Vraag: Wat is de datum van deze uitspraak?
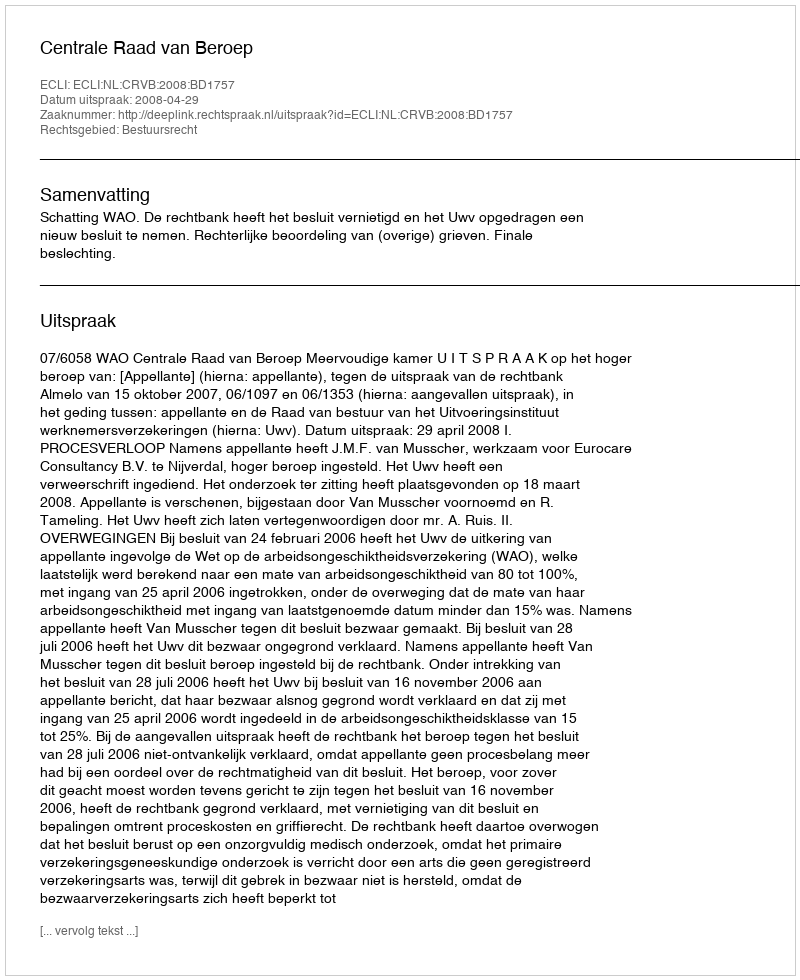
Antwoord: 2008-04-29